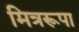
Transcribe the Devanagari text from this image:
मित्ररूपा